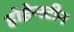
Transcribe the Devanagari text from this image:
होहेन्स्टीन